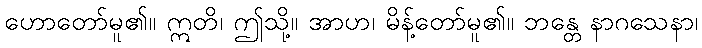
ဟောတော်မူ၏။ ဣတိ၊ ဤသို့။ အာဟ၊ မိန့်တော်မူ၏။ ဘန္တေ နာဂသေနာ၊